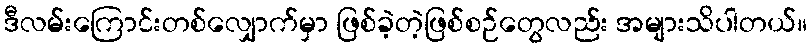
ဒီလမ်းကြောင်းတစ်လျှောက်မှာ ဖြစ်ခဲ့တဲ့ဖြစ်စဉ်တွေလည်း အများသိပါတယ်။